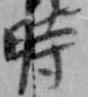
時